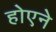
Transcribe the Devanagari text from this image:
होएने